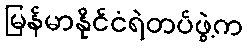
မြန်မာနိုင်ငံရဲတပ်ဖွဲ့က